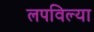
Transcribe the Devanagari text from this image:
लपविल्या